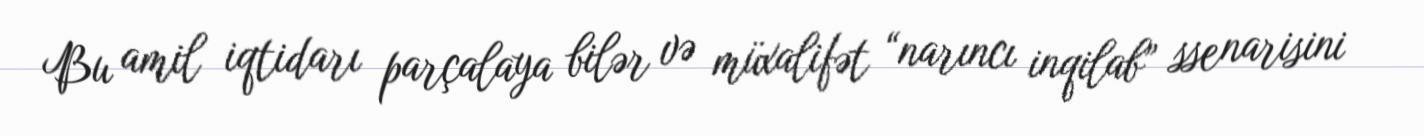
Bu amil iqtidarı parçalaya bilər və müxalifət “narıncı inqilab” ssenarisini